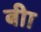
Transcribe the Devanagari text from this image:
बीा